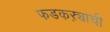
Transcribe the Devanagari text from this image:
फडकऱ्याची